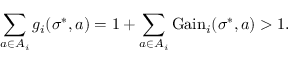
\sum _ { a \in A _ { i } } g _ { i } ( \sigma ^ { * } , a ) = 1 + \sum _ { a \in A _ { i } } { \mathrm { G a i n } } _ { i } ( \sigma ^ { * } , a ) > 1 .